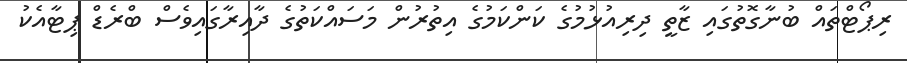
ރިޕޯޓްތައް ބުނާގޮތުގައި ޒާތީ ދިރިއުޅުމުގެ ކަންކަމުގެ އިތުރުން މަސައްކަތުގެ ދާއިރާގައިވެސް ބްރެޑް ޕިޓާއެކު